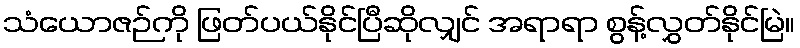
သံယောဇဉ်ကို ဖြတ်ပယ်နိုင်ပြီဆိုလျှင် အရာရာ စွန့်လွှတ်နိုင်မြဲ။